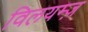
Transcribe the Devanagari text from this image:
विलयम्ज़